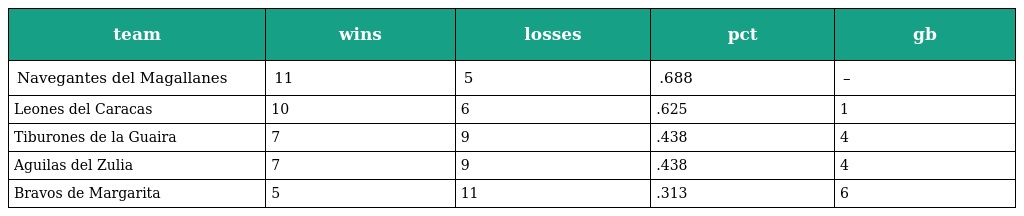
| team | wins | losses | pct | gb |
 | --- | --- | --- | --- | --- |
 | Navegantes del Magallanes | 11 | 5 | .688 | – |
 | Leones del Caracas | 10 | 6 | .625 | 1 |
 | Tiburones de la Guaira | 7 | 9 | .438 | 4 |
 | Aguilas del Zulia | 7 | 9 | .438 | 4 |
 | Bravos de Margarita | 5 | 11 | .313 | 6 |